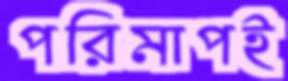
পরিমাপই